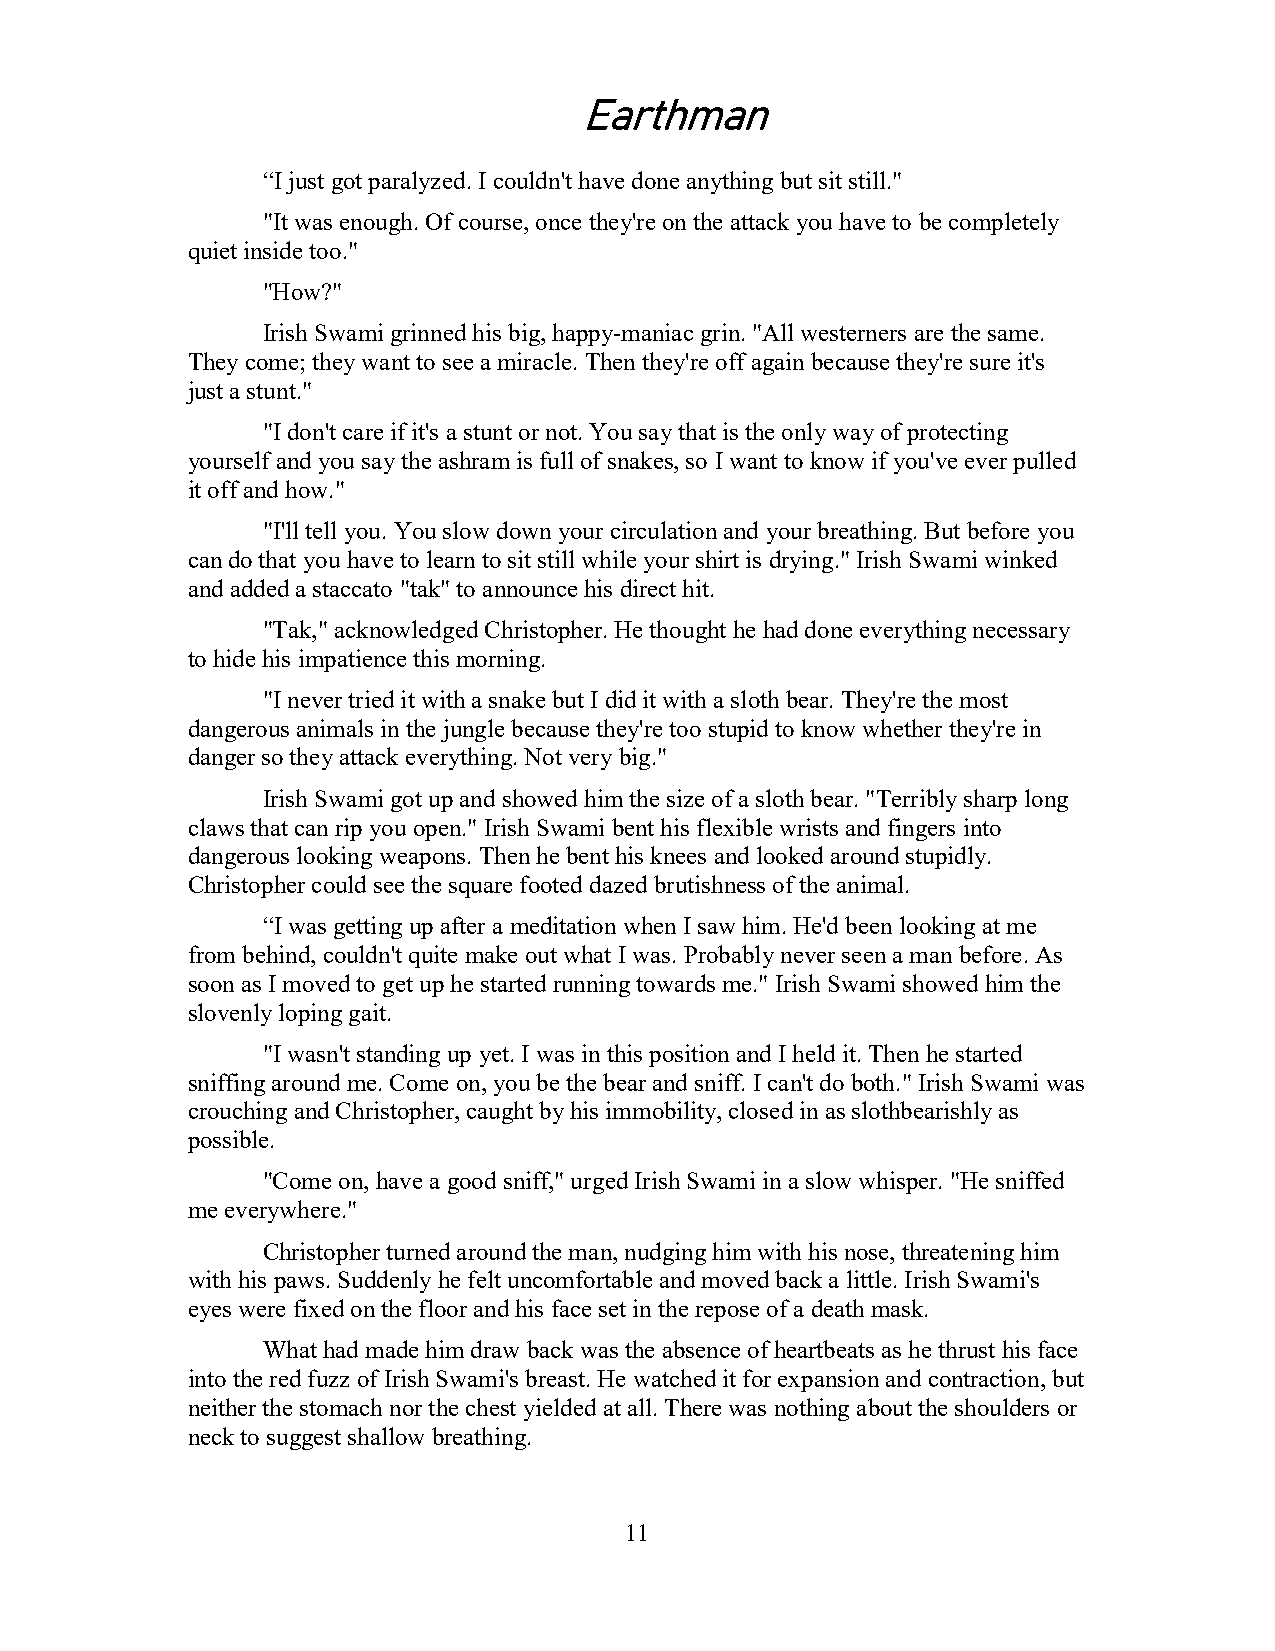
Earthman
 “I just got paralyzed. I couldn't have done anything but sit still."
 "It was enough. Of course, once they're on the attack you have to be completely
 quiet inside too."
 "How?"
 Irish Swami grinned his big, happy-maniac grin. "All westerners are the same.
 They come; they want to see a miracle. Then they're off again because they're sure it's
 just a stunt."
 "I don't care if it's a stunt or not. You say that is the only way of protecting
 yourself and you say the ashram is full of snakes, so I want to know if you've ever pulled
 it off and how."
 "I'll tell you. You slow down your circulation and your breathing. But before you
 can do that you have to learn to sit still while your shirt is drying." Irish Swami winked
 and added a staccato "tak" to announce his direct hit.
 "Tak," acknowledged Christopher. He thought he had done everything necessary
 to hide his impatience this morning.
 "I never tried it with a snake but I did it with a sloth bear. They're the most
 dangerous animals in the jungle because they're too stupid to know whether they're in
 danger so they attack everything. Not very big."
 Irish Swami got up and showed him the size of a sloth bear. "Terribly sharp long
 claws that can rip you open." Irish Swami bent his flexible wrists and fingers into
 dangerous looking weapons. Then he bent his knees and looked around stupidly.
 Christopher could see the square footed dazed brutishness of the animal.
 “I was getting up after a meditation when I saw him. He'd been looking at me
 from behind, couldn't quite make out what I was. Probably never seen a man before. As
 soon as I moved to get up he started running towards me." Irish Swami showed him the
 slovenly loping gait.
 "I wasn't standing up yet. I was in this position and I held it. Then he started
 sniffing around me. Come on, you be the bear and sniff. I can't do both." Irish Swami was
 crouching and Christopher, caught by his immobility, closed in as slothbearishly as
 possible.
 "Come on, have a good sniff," urged Irish Swami in a slow whisper. "He sniffed
 me everywhere."
 Christopher turned around the man, nudging him with his nose, threatening him
 with his paws. Suddenly he felt uncomfortable and moved back a little. Irish Swami's
 eyes were fixed on the floor and his face set in the repose of a death mask.
 What had made him draw back was the absence of heartbeats as he thrust his face
 into the red fuzz of Irish Swami's breast. He watched it for expansion and contraction, but
 neither the stomach nor the chest yielded at all. There was nothing about the shoulders or
 neck to suggest shallow breathing.
 11